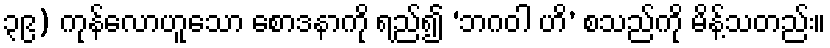
၃၉) ကုန်လောဟူသော စောဒနာကို ရည်၍ ‘ဘဂဝါ ဟိ’ စသည်ကို မိန့်သတည်း။